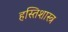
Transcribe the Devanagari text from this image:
हस्तिशास्त्र